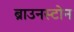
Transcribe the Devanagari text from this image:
ब्राउनस्टोन